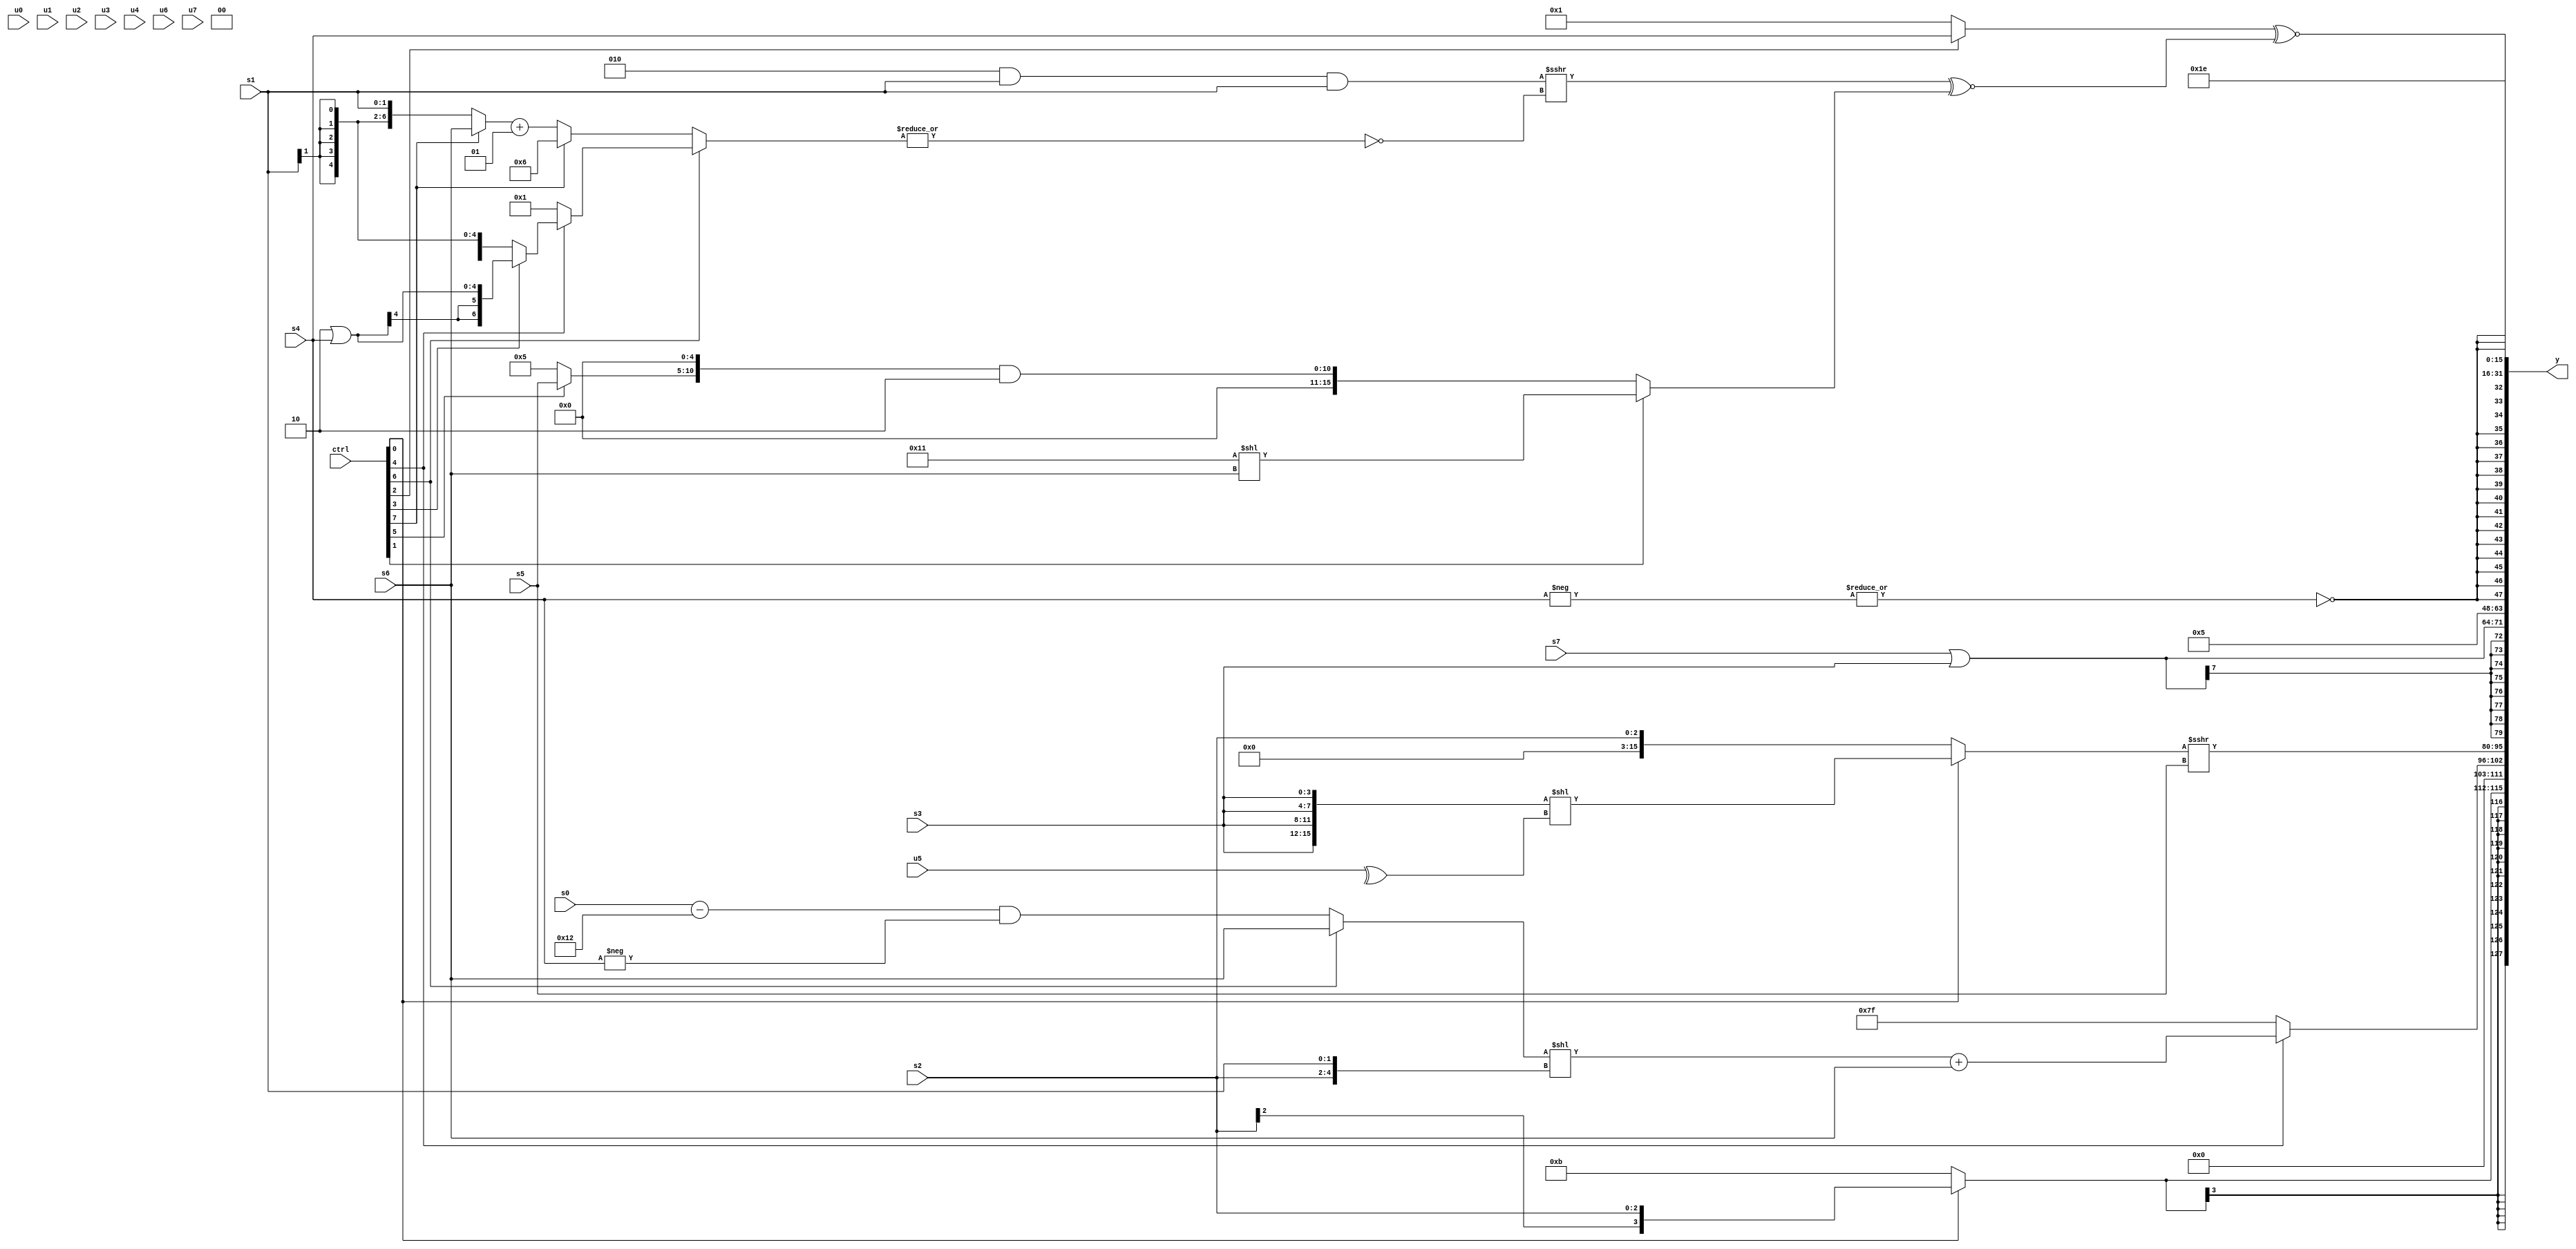
module wideexpr_00602(ctrl, u0, u1, u2, u3, u4, u5, u6, u7, s0, s1, s2, s3, s4, s5, s6, s7, y);
  input [7:0] ctrl;
  input [0:0] u0;
  input [1:0] u1;
  input [2:0] u2;
  input [3:0] u3;
  input [4:0] u4;
  input [5:0] u5;
  input [6:0] u6;
  input [7:0] u7;
  input signed [0:0] s0;
  input signed [1:0] s1;
  input signed [2:0] s2;
  input signed [3:0] s3;
  input signed [4:0] s4;
  input signed [5:0] s5;
  input signed [6:0] s6;
  input signed [7:0] s7;
  output [127:0] y;
  wire [15:0] y0;
  wire [15:0] y1;
  wire [15:0] y2;
  wire [15:0] y3;
  wire [15:0] y4;
  wire [15:0] y5;
  wire [15:0] y6;
  wire [15:0] y7;
  assign y = {y0,y1,y2,y3,y4,y5,y6,y7};
  assign y0 = (ctrl[0]?s2:4'sb1011);
  assign y1 = $unsigned((ctrl[4]?$signed(((((ctrl[6]?(ctrl[6]?s6:(s6)-(4'sb1001)):((s0)-(6'sb110010))&(-(s4))))<<($signed($signed({s2,s1}))))+(s6))<<({2{(s1)==({3'sb000,u4,4'b1010})}})):5'sb11111));
  assign y2 = $unsigned($signed(((ctrl[0]?({4{s3}})<<(-(^(u5))):{1{s2}}))>>>(s5)));
  assign y3 = (s7)|(s3);
  assign y4 = 4'sb0101;
  assign y5 = $signed(~|(-($signed(s4))));
  assign y6 = ($signed((ctrl[2]?s4:2'sb01)))^~((($signed((($signed(3'sb010))&($signed(s1)))&(s1)))>>>((|((ctrl[6]?(ctrl[4]?(ctrl[3]?(3'sb110)|(s4):(s1)>>(4'sb0010)):2'sb01):(ctrl[7]?4'sb0110:((ctrl[7]?s6:s1))+(4'sb0001)))))!=({1'sb1})))^~((ctrl[1]?(5'sb10001)<<(s6):(((ctrl[5]?s5:(-($signed(2'sb11)))-(-((4'b1001)-(1'sb1)))))<<<(3'sb101))&(2'sb10))));
  assign y7 = 5'b11110;
endmodule